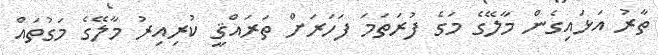
ތާރު އަޅައިގެން މާލޭގެ މަގެ ފުރަތަމަ ފަހަރަށް ތަރައްޤީ ކުރިއިރު މާލޭގެ މަގުތައް